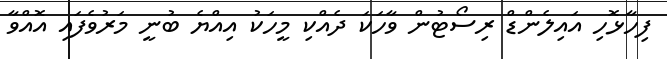
ފިހާޅޮހި އައިލެންޑް ރިސޯޓުން ވާހަކަ ދެއްކި މީހަކު އިއްޔެ ބުނީ މަރުވެފައި އޮއްވާ